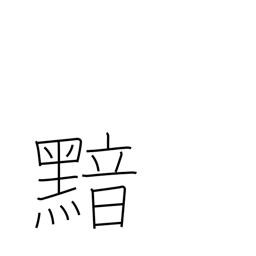
Meaning: dark